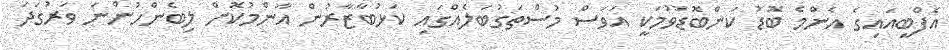
އެފްބީއައިގެ އެންމެ ބޮޑު ކަންބޮޑުވުމަކީ އަވަސް މުސްތަގުބަލެއްގައި ކަޅުބާޒާރުން އާންމުކޮށް ލިބެންހުންނަ ވަރުގަދަ